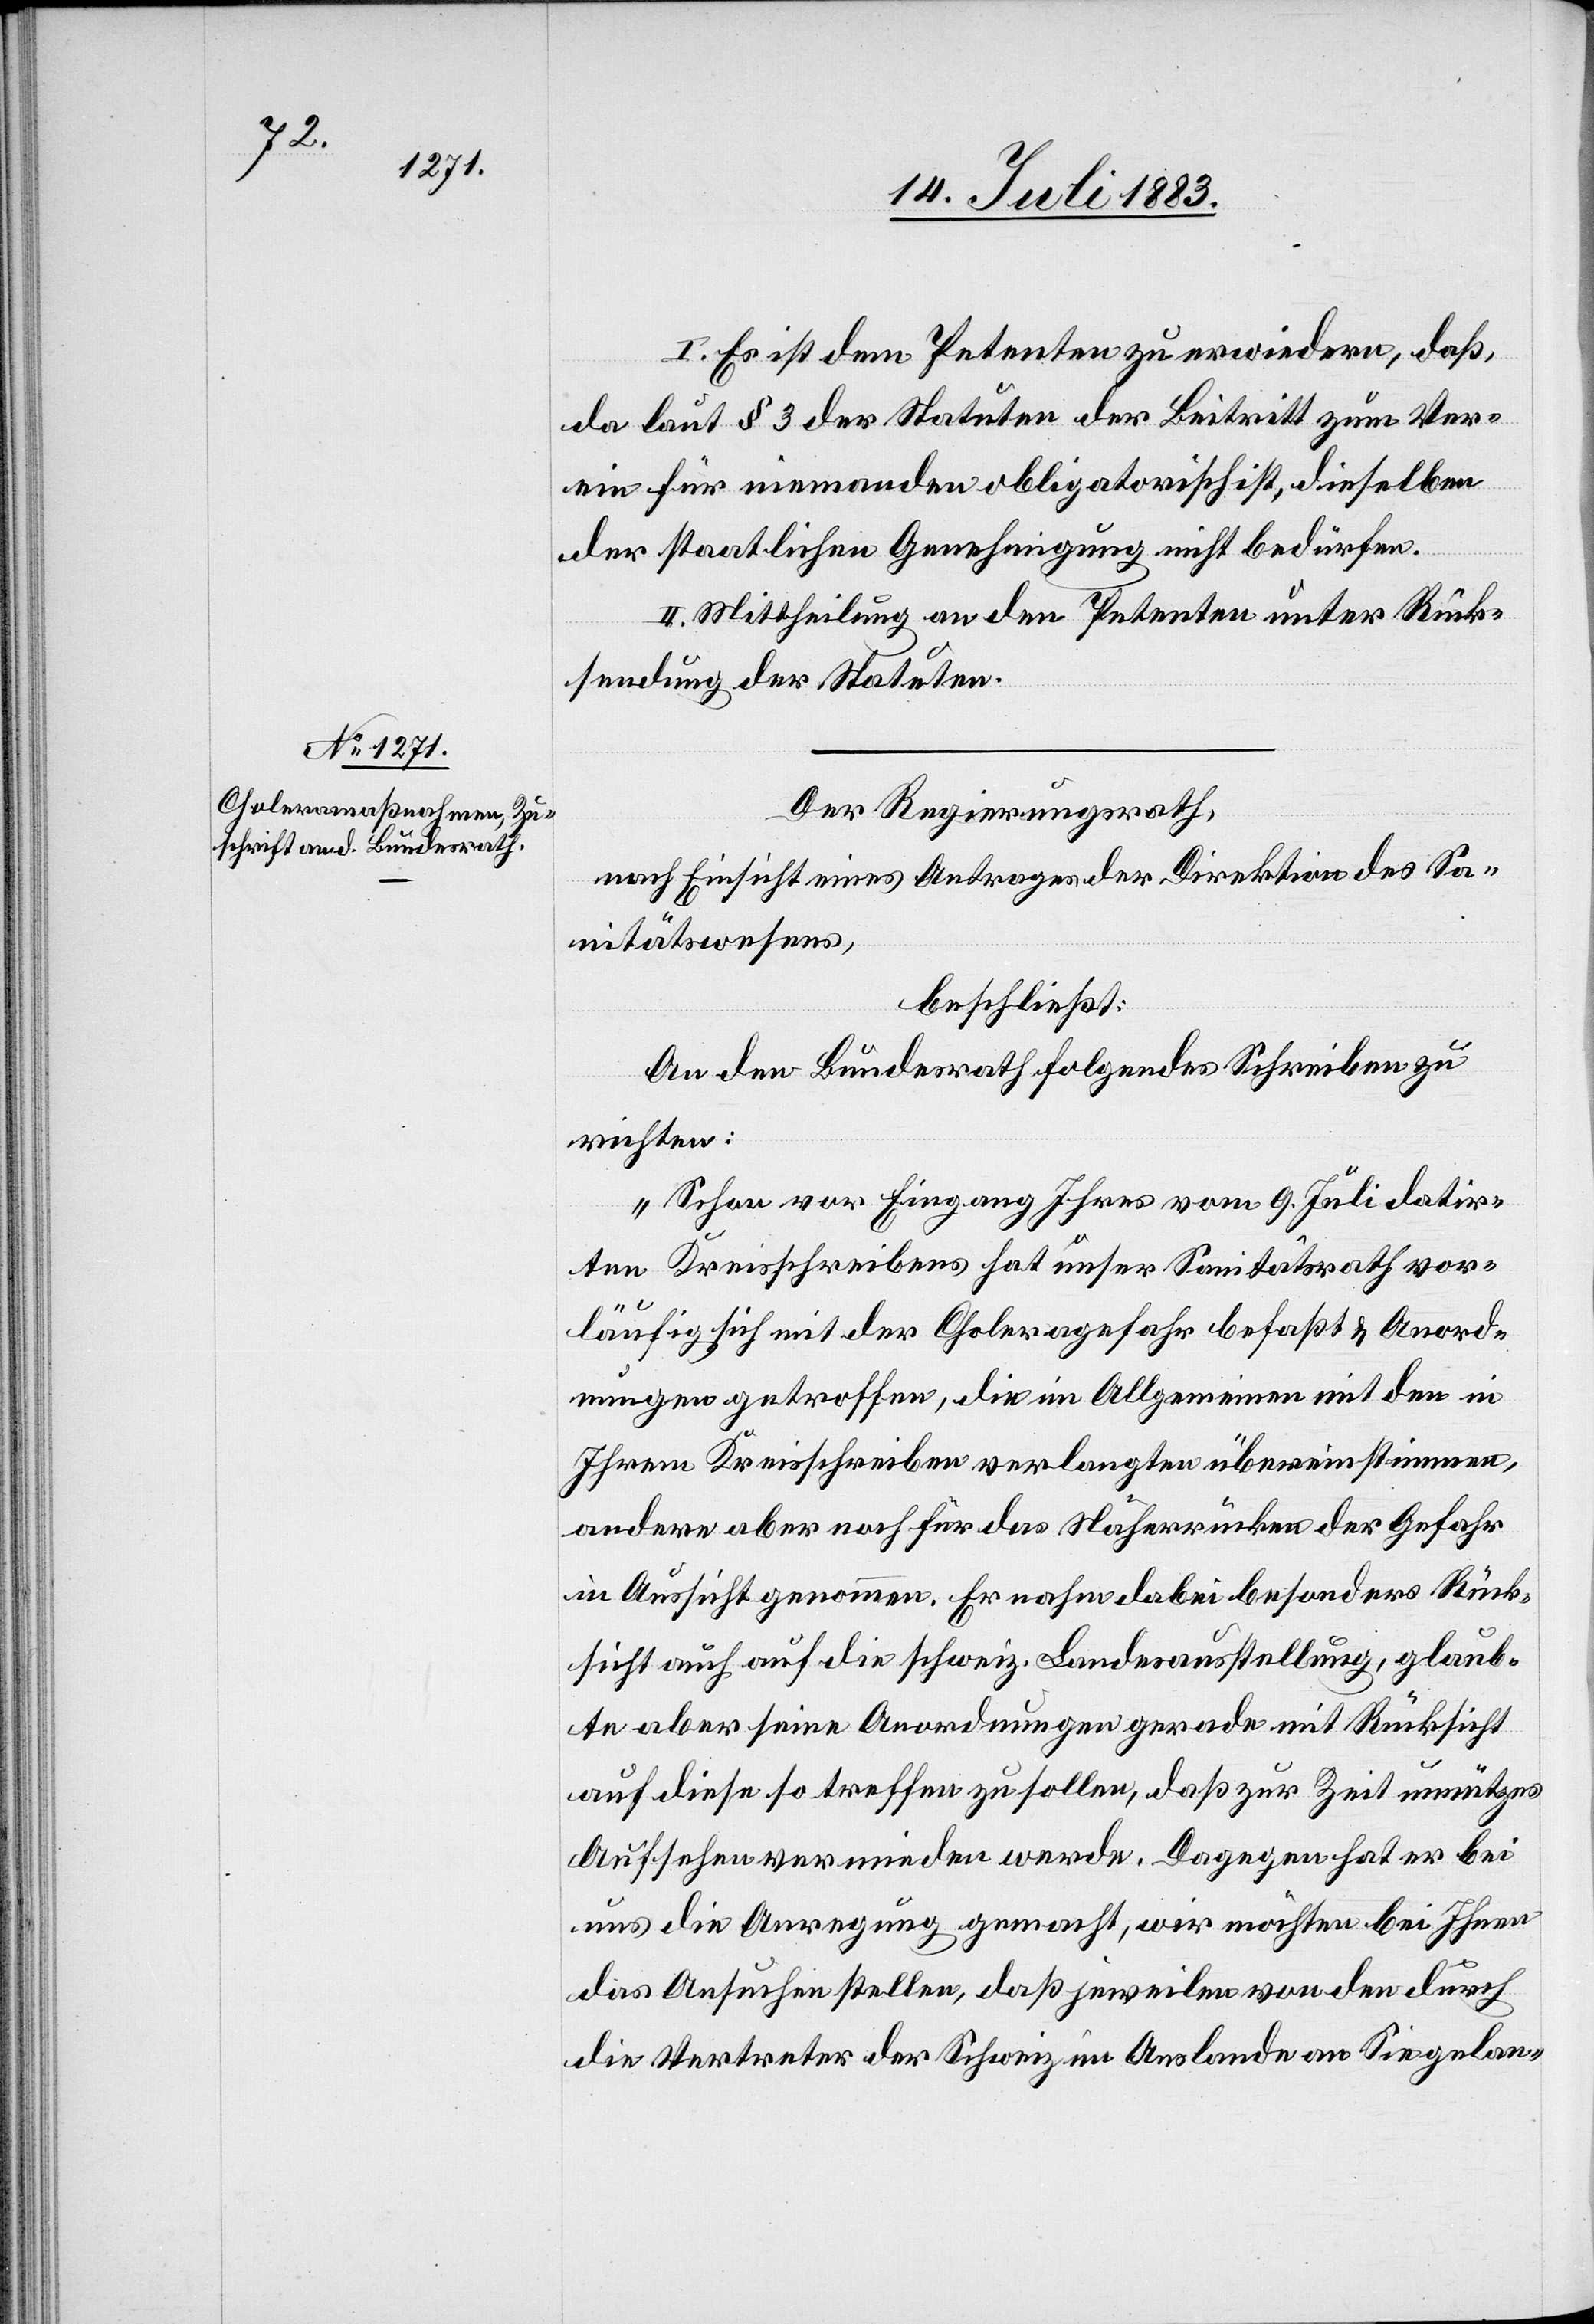
I. Es ist dem Petenten zu erwiedern, daß,
da laut § 3 der Statuten der Beitritt zum Ver¬
ein für niemanden obligatorisch ist, dieselben
der staatlichen Genehmigung nicht bedürfen.
II. Mittheilung an den Petenten unter Rück¬
sendung der Statuten.
Der Regierungsrath,
nach Einsicht eines Antrages der Direktion des Sa¬
nitätswesens,
beschließt:
An den Bundesrath folgendes Schreiben zu
richten:
„Schon vor Eingang Ihres vom 9. Juli datir¬
ten Kreisschreibens hat unser Sanitätsrath vor¬
läufig sich mit der Choleragefahr befaßt & Anord¬
nungen getroffen, die im Allgemeinen mit den in
Ihrem Kreisschreiben verlangten übereinstimmen,
andere aber noch für das Näherrücken der Gefahr
in Aussicht genommen. Er nahm dabei besonders Rück¬
sicht auch auf die schweiz. Landesausstellung, glaub¬
te aber seine Anordnungen gerade mit Rücksicht
auf diese so treffen zu sollen, daß zur Zeit unnützes
Aufsehen vermieden werde. Dagegen hat er bei
uns die Anregung gemacht, wir möchten bei Ihnen
das Ansuchen stellen, daß jeweilen von den durch
die Vertreter der Schweiz im Auslande an Sie gelan-